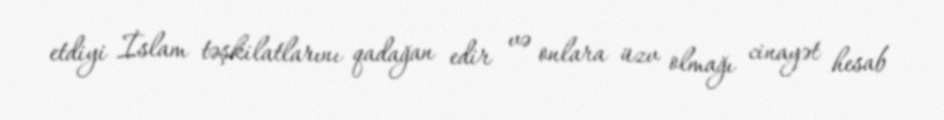
etdiyi İslam təşkilatlarını qadağan edir və onlara üzv olmağı cinayət hesab